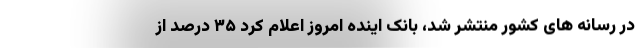
در رسانه های کشور منتشر شد، بانک اینده امروز اعلام کرد ۳۵ درصد از